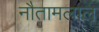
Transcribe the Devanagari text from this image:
नौतामलाल